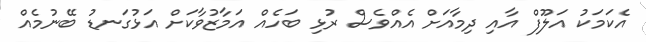
އެކަމަކު އަލޫފް އާއި ދިމާއަށް އެއްވެސް ރުޅި ބަހެއް އަމާޒުވާކަށް އަޅުގަނޑު ބޭނުމެއް